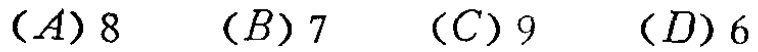
$(A)8\quad (B)7\quad (C)9\quad (D)6$